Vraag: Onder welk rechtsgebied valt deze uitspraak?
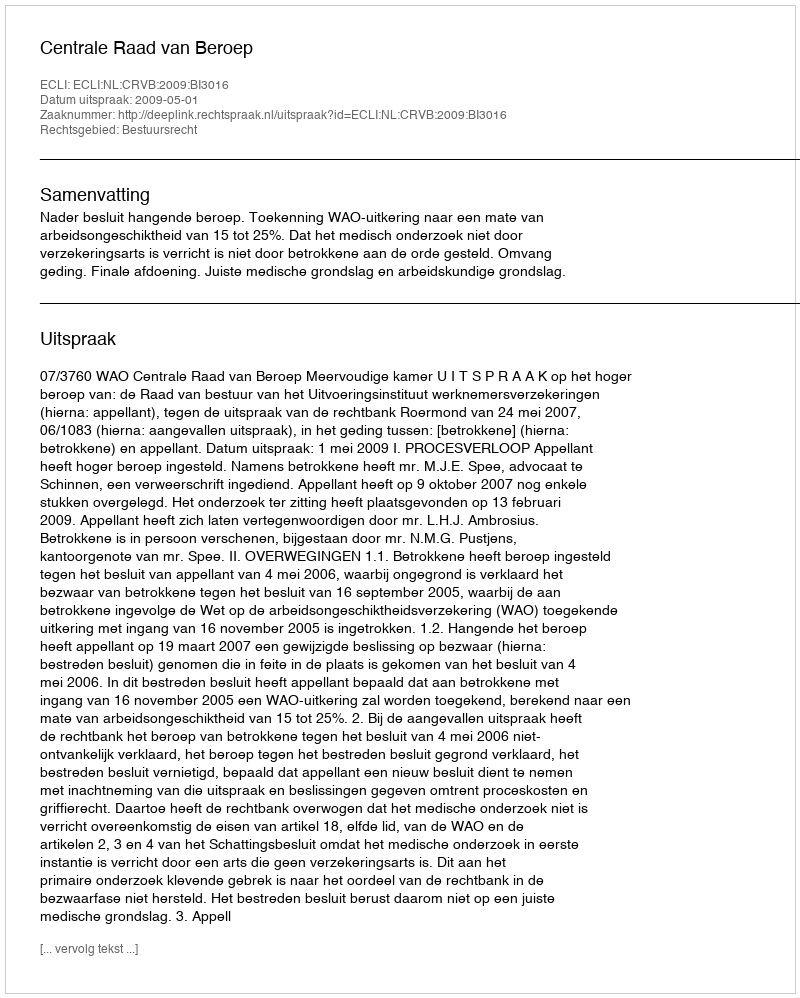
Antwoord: Bestuursrecht